Vaccine operations Central Provinces & Berar 1922-1929 - 1922-1929
Year: 1922
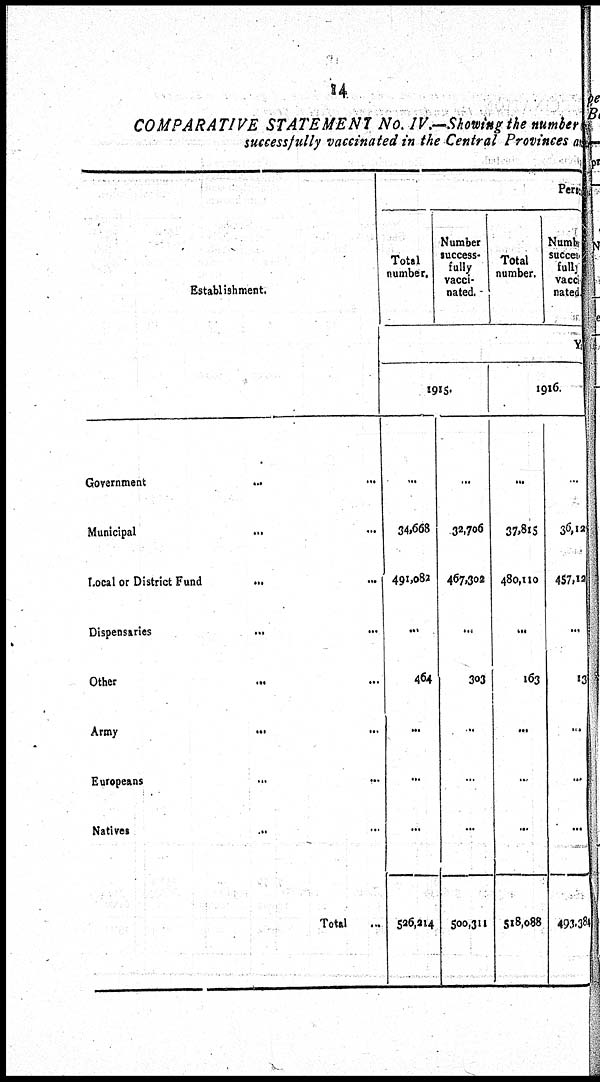
14
COMPARATIVE STATEMENT No. IV.—Showing the number
successfully vaccinated in the Central Provinces as
Establishment.
Government
... ...
Municipal
...
...
Local or District Fund
...
...
Dispensaries ... ...
Other
... ...
Army
...
...
Europeans ... ...
Natives ... ...
Total ...
Persons
Total
number.
Number
success¬
fully
vacci-
nated.
Total
number.
Numb
success¬
fully
vacci¬
nated.
Year
1915.
...
34,668
491,082
...
464
...
...
...
526,214
...
32,706
467,302
...
303
...
...
...
500,311
1916.
...
37,815
480,110
...
l63
...
...
...
518,088
...
36,12
457,12
...
13
...
...
...
493,384